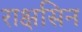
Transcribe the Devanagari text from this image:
राक्षसिन